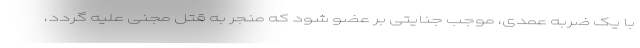
با یک ضربه عمدی، موجب جنایتی بر عضو شود که منجر به قتل مجنی علیه گردد،